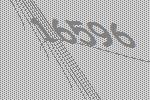
16596